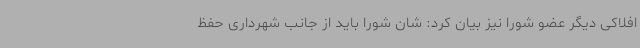
افلاکی دیگر عضو شورا نیز بیان کرد: شان شورا باید از جانب شهرداری حفظ